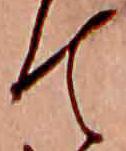
て